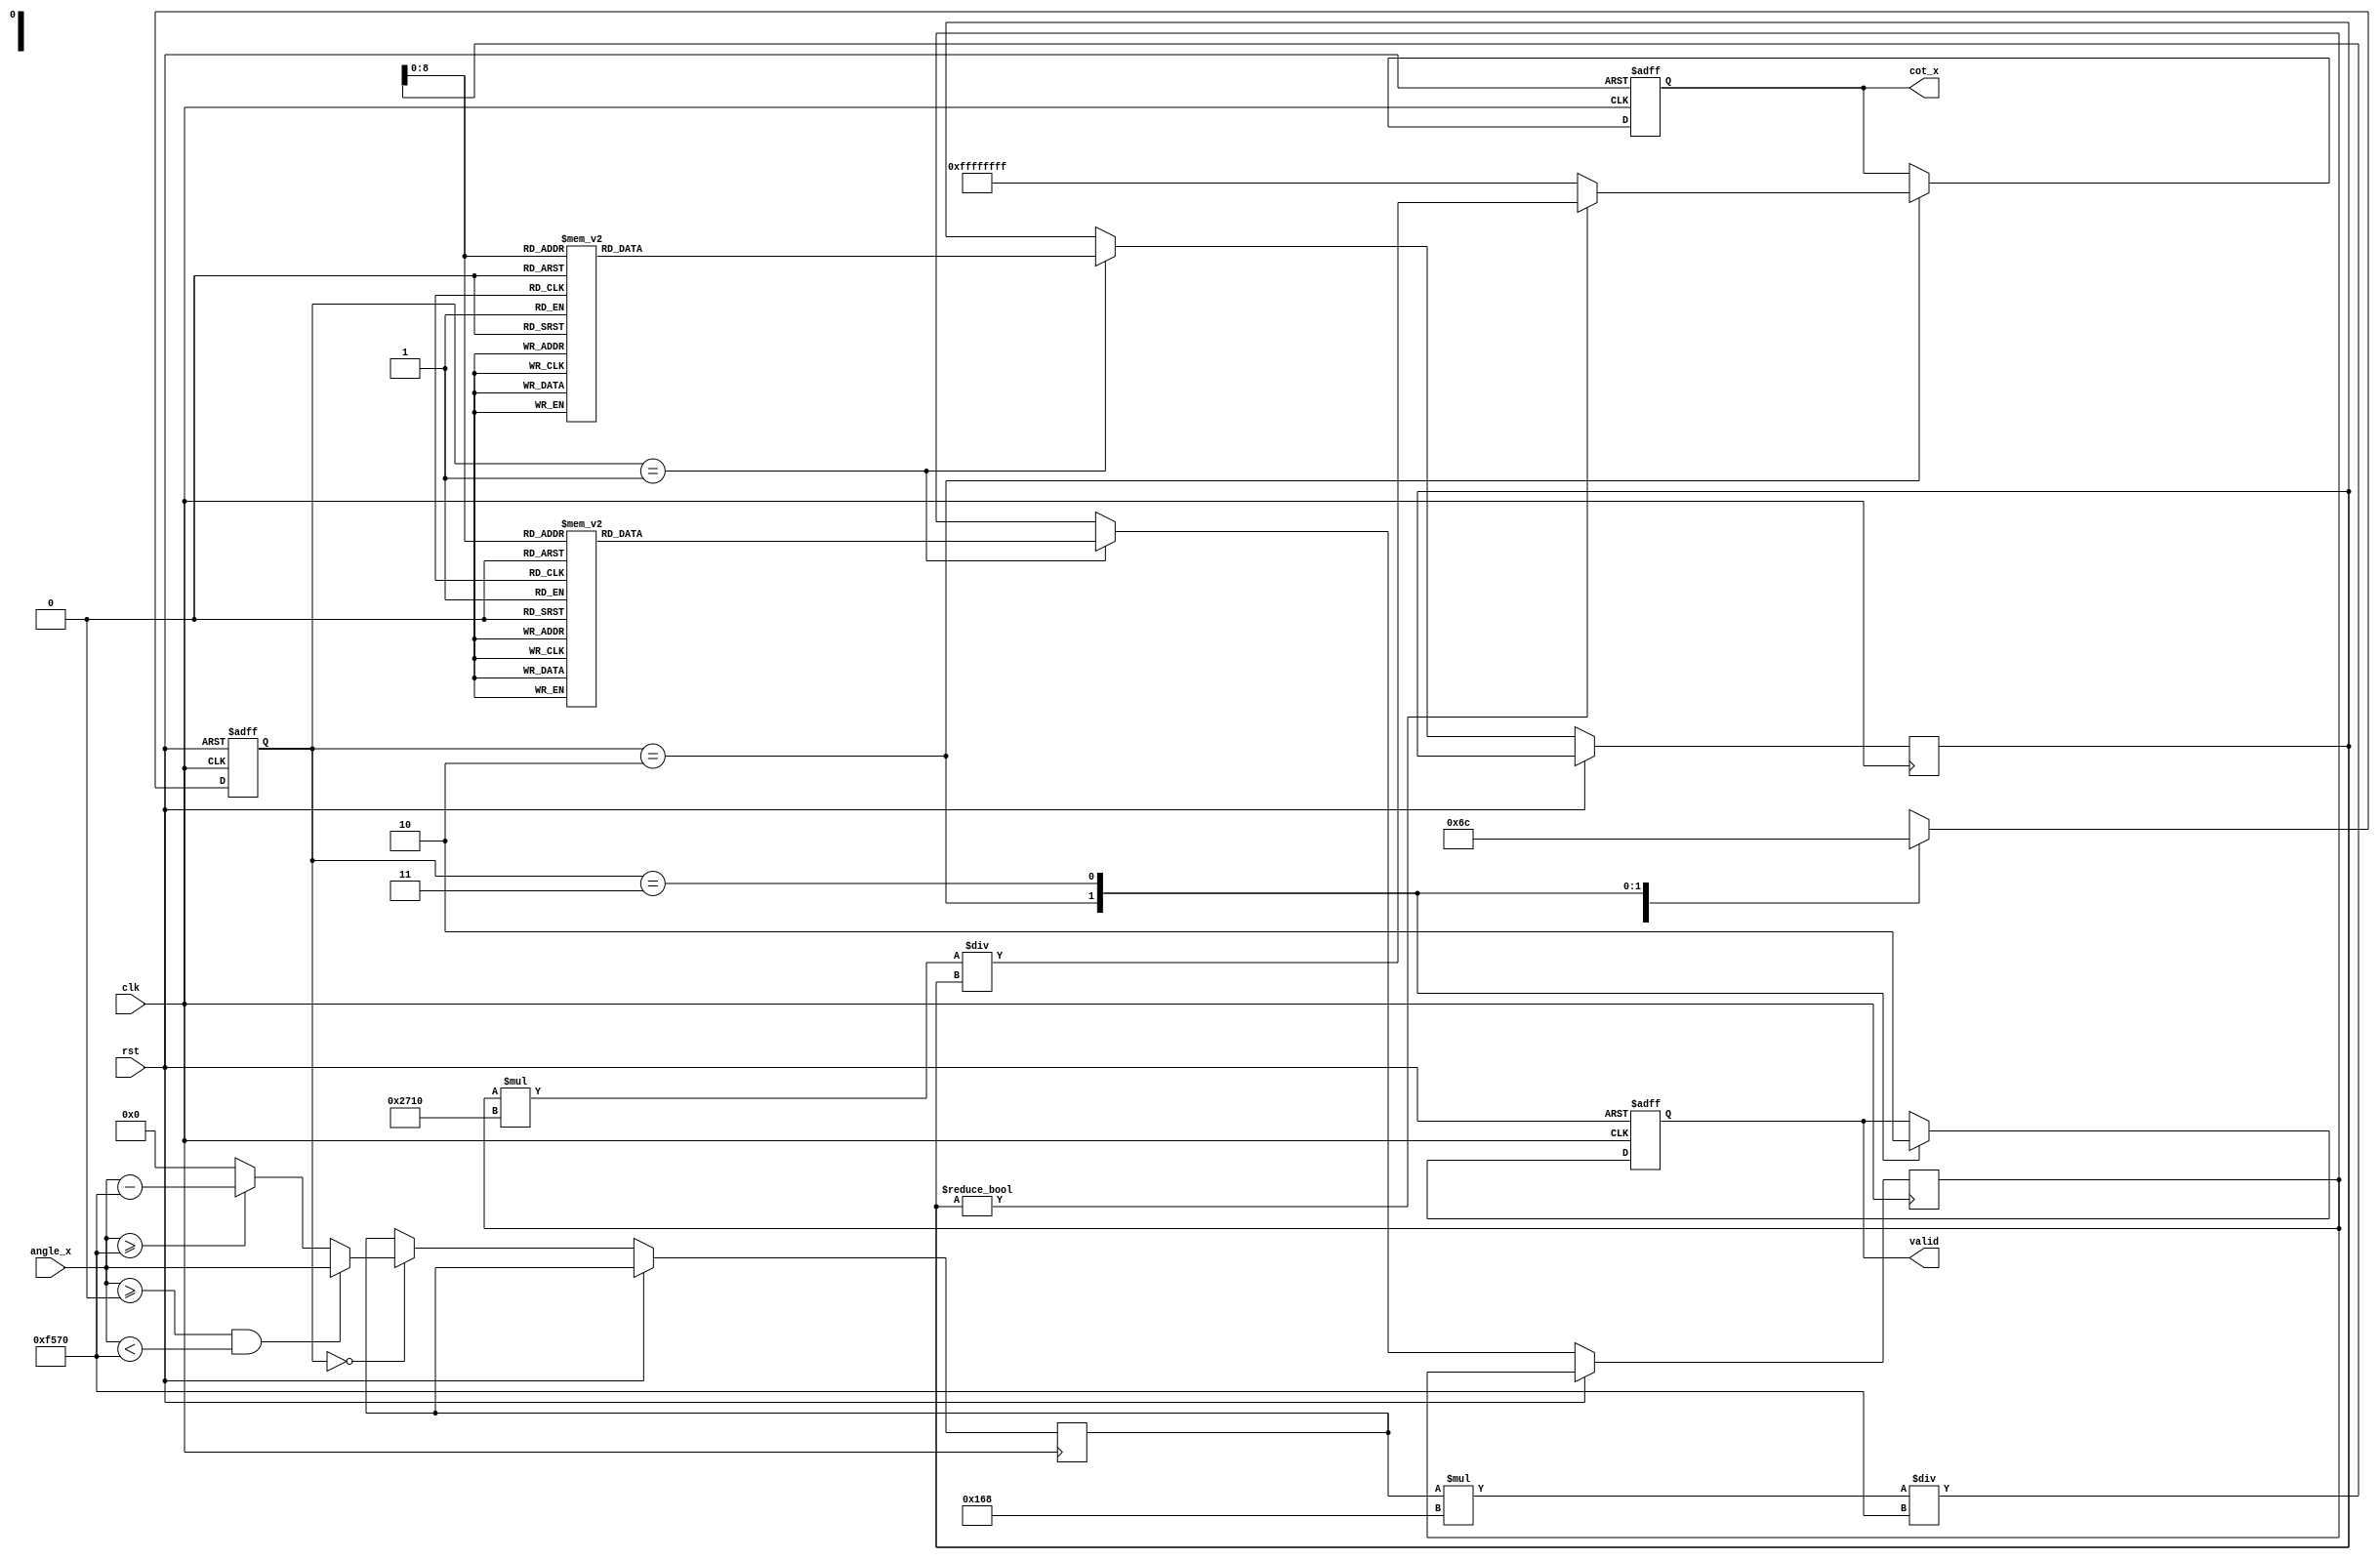
module cotangent_block(
    input wire clk,
    input wire rst,
    input wire [31:0] angle_x,      // Input angle in fixed-point format
    output reg [31:0] cot_x,         // Output cotangent in fixed-point format
    output reg valid                 // Output valid signal
);

    reg [31:0] normalized_angle; 
    reg [31:0] sin_x, cos_x;        // Placeholder for sine and cosine
    reg [1:0] state;
    
    localparam IDLE        = 2'd0;
    localparam NORM       = 2'd1;
    localparam COMPUTE    = 2'd2;
    localparam OUTPUT      = 2'd3;

    // Lookup table for sine and cosine can be implemented as arrays.
    // This example assumes you have a pre-defined LUT for sin and cos.
    reg [31:0] sin_lut [0:360]; // Sine LUT for degrees
    reg [31:0] cos_lut [0:360]; // Cosine LUT for degrees

    initial begin
        // Initialize sine and cosine lookup table with values
        // Example: This should be filled with appropriate sine and cosine values.
        // sin_lut[0] = 0, sin_lut[90] = 1, ..., sin_lut[360] = 0
        // cos_lut[0] = 1, cos_lut[90] = 0, ..., cos_lut[360] = 1
    end

    always @(posedge clk or posedge rst) begin
        if (rst) begin
            state <= IDLE;
            cot_x <= 32'b0;
            valid <= 1'b0;
        end else begin
            case (state)
                IDLE: begin
                    // Check for a valid angle input
                    if (angle_x >= 32'd0 && angle_x < 32'd62832) begin // 2*pi*10^4 assuming fixed point with 10^4 scaling
                        normalized_angle <= angle_x;
                    end else if (angle_x >= 32'd62832) begin
                        normalized_angle <= angle_x - 32'd62832; // Normalize > 2*pi
                    end else begin
                        normalized_angle <= 32'd0; // Normalize < 0
                    end
                    state <= NORM;
                end
                
                NORM: begin
                    // Now we get sine and cosine values
                    sin_x <= sin_lut[normalized_angle * 360 / 62832]; // Scaling the angle
                    cos_x <= cos_lut[normalized_angle * 360 / 62832];
                    state <= COMPUTE;
                end

                COMPUTE: begin
                    // Check for sine being zero to avoid division by zero
                    if (sin_x != 32'b0) begin
                        cot_x <= (cos_x * 10**4) / sin_x; // Multiply to maintain precision
                    end else begin
                        cot_x <= 32'hFFFFFFFF; // Infinity representation or error code
                    end
                    state <= OUTPUT;
                    valid <= 1'b1;
                end

                OUTPUT: begin
                    // Output the cotangent value and go back to idle
                    valid <= 1'b0;
                    state <= IDLE;
                end
            endcase
        end
    end

endmodule